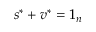
s ^ { * } + v ^ { * } = 1 _ { n }